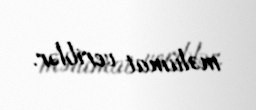
məlumat veriblər.